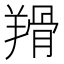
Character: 𦎰